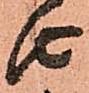
由